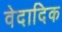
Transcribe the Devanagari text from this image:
वेदादिक